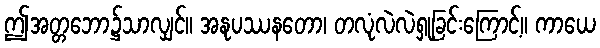
ဤအတ္တဘော၌သာလျှင်။ အနုပဿနတော၊ တလုံလဲလဲရှုခြင်းကြောင့်။ ကာယေ